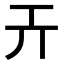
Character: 𢀘